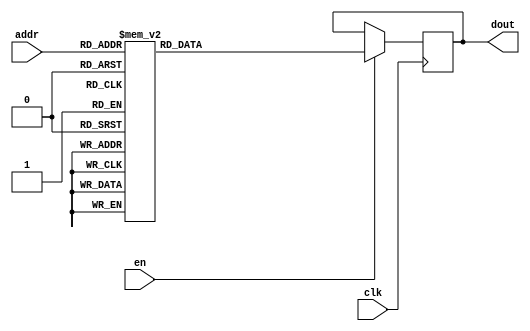
`timescale 1ns / 1ps
/*
Copyright
All right reserved.
Module Name: rom_syn
Author  : Zichuan Liu, Yixing Li and Wenye Liu.
Description:
A synthesized ROM: ROM_DEP x ROM_WID
*/
module DC_7_REF_ROM_0(
// inputs
clk,
en,
addr,
// outputs
dout
);
localparam ROM_WID = 14;
localparam ROM_DEP = 32;
localparam ROM_ADDR = 5;
// input definition
input clk;
input en;
input [ROM_ADDR-1:0] addr;
// output definition
output [ROM_WID-1:0] dout;
reg [ROM_WID-1:0] data;
always @(posedge clk)
begin
if (en) begin
case(addr)
		5'd0: data <= 14'b01001001100011;
		5'd1: data <= 14'b01000011011101;
		5'd2: data <= 14'b01000101010001;
		5'd3: data <= 14'b01001001111110;
		5'd4: data <= 14'b01000110111111;
		5'd5: data <= 14'b01001011011011;
		5'd6: data <= 14'b01001010101111;
		5'd7: data <= 14'b01000111011011;
		5'd8: data <= 14'b01000011110011;
		5'd9: data <= 14'b01000100110011;
		5'd10: data <= 14'b01001000001110;
		5'd11: data <= 14'b01001011101110;
		5'd12: data <= 14'b01000010101100;
		5'd13: data <= 14'b01000110000001;
		5'd14: data <= 14'b01000111000101;
		5'd15: data <= 14'b01000100011011;
		5'd16: data <= 14'b01001001010000;
		5'd17: data <= 14'b01001010011100;
		5'd18: data <= 14'b01001110100000;
		5'd19: data <= 14'b01001010110001;
		5'd20: data <= 14'b01001011001100;
		5'd21: data <= 14'b01001110010111;
		5'd22: data <= 14'b01001011010111;
		5'd23: data <= 14'b01001000010011;
		5'd24: data <= 14'b01001001101010;
		5'd25: data <= 14'b01000100010111;
		5'd26: data <= 14'b01001111010001;
		5'd27: data <= 14'b01001010100111;
		5'd28: data <= 14'b01001001001011;
		5'd29: data <= 14'b01000110010011;
		5'd30: data <= 14'b01000001110001;
		5'd31: data <= 14'b01001011110000;
		endcase
		end
	end
	assign dout = data;
endmodule